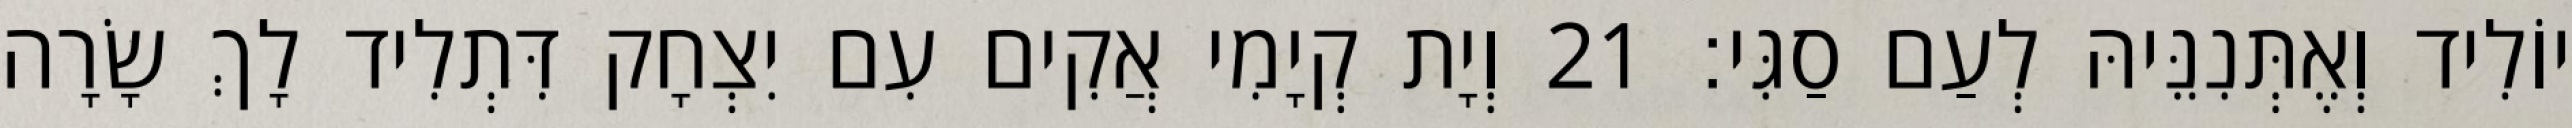
יוֹלִיד וְאֶתְּנִנֵּיהּ לְעַם סַגִּי׃ 21 וְיָת קְיָמִי אֲקִים עִם יִצְחָק דִּתְלִיד לָךְ שָׂרָה